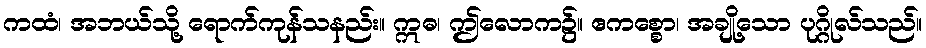
ကထံ၊ အဘယ်သို့ ရောက်ကုန်သနည်း။ ဣဓ၊ ဤလောက၌။ ဧကစ္စော၊ အချို့သော ပုဂ္ဂိုလ်သည်။